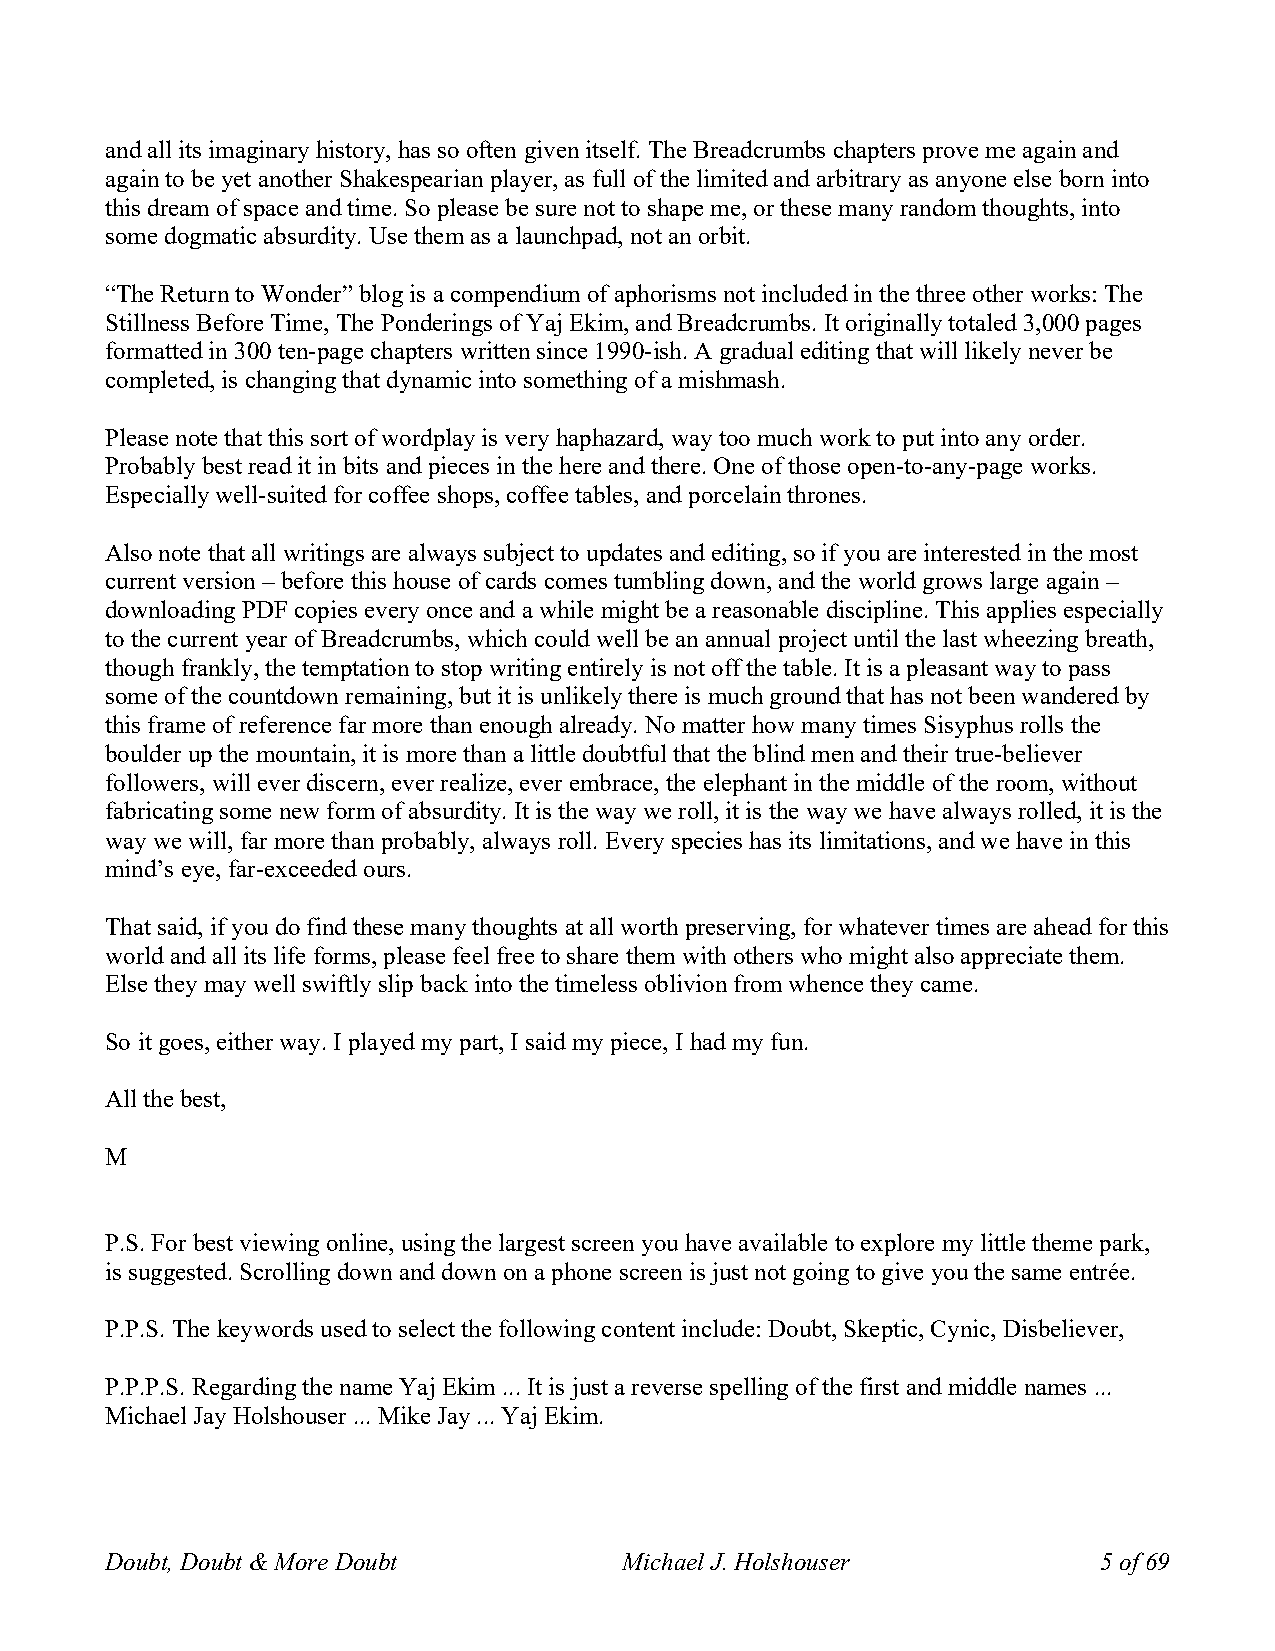
and all its imaginary history, has so often given itself. The Breadcrumbs chapters prove me again and
 again to be yet another Shakespearian player, as full of the limited and arbitrary as anyone else born into
 this dream of space and time. So please be sure not to shape me, or these many random thoughts, into
 some dogmatic absurdity. Use them as a launchpad, not an orbit.
 “The Return to Wonder” blog is a compendium of aphorisms not included in the three other works: The
 Stillness Before Time, The Ponderings of Yaj Ekim, and Breadcrumbs. It originally totaled 3,000 pages
 formatted in 300 ten-page chapters written since 1990-ish. A gradual editing that will likely never be
 completed, is changing that dynamic into something of a mishmash.
 Please note that this sort of wordplay is very haphazard, way too much work to put into any order.
 Probably best read it in bits and pieces in the here and there. One of those open-to-any-page works.
 Especially well-suited for coffee shops, coffee tables, and porcelain thrones.
 Also note that all writings are always subject to updates and editing, so if you are interested in the most
 current version – before this house of cards comes tumbling down, and the world grows large again –
 downloading PDF copies every once and a while might be a reasonable discipline. This applies especially
 to the current year of Breadcrumbs, which could well be an annual project until the last wheezing breath,
 though frankly, the temptation to stop writing entirely is not off the table. It is a pleasant way to pass
 some of the countdown remaining, but it is unlikely there is much ground that has not been wandered by
 this frame of reference far more than enough already. No matter how many times Sisyphus rolls the
 boulder up the mountain, it is more than a little doubtful that the blind men and their true-believer
 followers, will ever discern, ever realize, ever embrace, the elephant in the middle of the room, without
 fabricating some new form of absurdity. It is the way we roll, it is the way we have always rolled, it is the
 way we will, far more than probably, always roll. Every species has its limitations, and we have in this
 mind’s eye, far-exceeded ours.
 That said, if you do find these many thoughts at all worth preserving, for whatever times are ahead for this
 world and all its life forms, please feel free to share them with others who might also appreciate them.
 Else they may well swiftly slip back into the timeless oblivion from whence they came.
 So it goes, either way. I played my part, I said my piece, I had my fun.
 All the best,
 M
 P.S. For best viewing online, using the largest screen you have available to explore my little theme park,
 is suggested. Scrolling down and down on a phone screen is just not going to give you the same entrée.
 P.P.S. The keywords used to select the following content include: Doubt, Skeptic, Cynic, Disbeliever,
 P.P.P.S. Regarding the name Yaj Ekim ... It is just a reverse spelling of the first and middle names ...
 Michael Jay Holshouser ... Mike Jay ... Yaj Ekim.
 Doubt, Doubt & More Doubt         Michael J. Holshouser           5 of 69